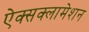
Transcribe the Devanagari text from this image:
ऐक्सक्लामेशन